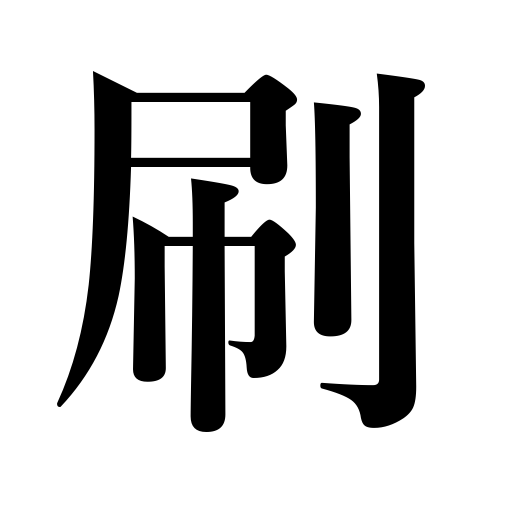
Meanings: print